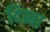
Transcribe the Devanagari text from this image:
दिब्बा